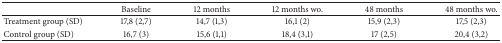
<table><thead><tr><td><b> </b></td><td><b>Baseline</b></td><td><b>12 months</b></td><td><b>12 months wo.</b></td><td><b>48 months</b></td><td><b>48 months wo.</b></td></tr></thead><tbody><tr><td>Treatment group (SD)</td><td>17,8 (2,7)</td><td>14,7 (1,3)</td><td>16,1 (2)</td><td>15,9 (2,3)</td><td>17,5 (2,3)</td></tr><tr><td>Control group (SD)</td><td>16,7 (3)</td><td>15,6 (1,1)</td><td>18,4 (3,1)</td><td>17 (2,5)</td><td>20,4 (3,2)</td></tr></tbody></table>